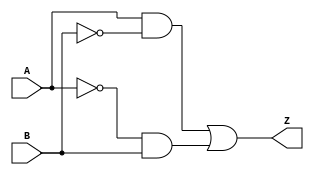
module xor_gate(input A, input B, output Z);
  wire not_A, not_B;

  assign not_A = ~A;
  assign not_B = ~B;

  assign Z = (A & not_B) | (not_A & B);
endmodule